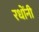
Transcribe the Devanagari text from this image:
रधोंनी